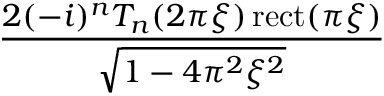
\frac { 2 ( - i ) ^ { n } T _ { n } ( 2 \pi \xi ) \operatorname { r e c t } ( \pi \xi ) } { \sqrt { 1 - 4 \pi ^ { 2 } \xi ^ { 2 } } }